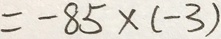
= - 8 5 \times ( - 3 )